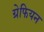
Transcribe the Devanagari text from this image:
ग्रेफियन